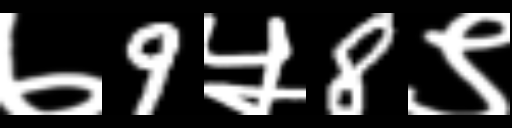
Text: ७9५8९